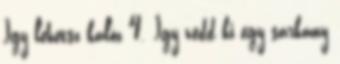
Így lehetsz kalóz 4. Így védd ki egy sárkány